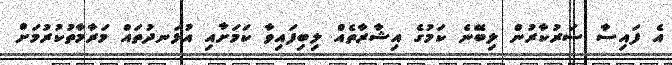
އެ ފައިސާ ސަރުކާރުން ލިބޭނެ ކަމުގެ އިޝާރާތެއް ލިބިފައިވާ ކަމަށާއި އުޅަނދުތައް މަރާމާތުކުރުމަށް